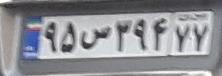
۹۵س۳۹۴۷۷